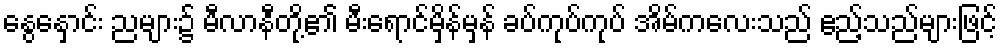
နွေနှောင်း ညများ၌ မီလာနီတို့၏ မီးရောင်မှိန်မှန် ခပ်ကုပ်ကုပ် အိမ်ကလေးသည် ဧည့်သည်များဖြင့်